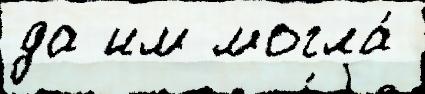
да им могла́